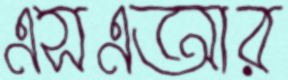
এসএআর